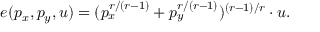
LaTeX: e ( p _ { x } , p _ { y } , u ) = ( p _ { x } ^ { r / ( r - 1 ) } + p _ { y } ^ { r / ( r - 1 ) } ) ^ { ( r - 1 ) / r } \cdot u .